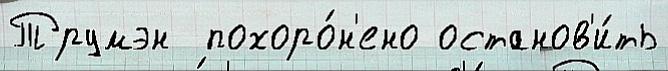
Трумэн  похоро́н'ено останов'и́ть